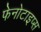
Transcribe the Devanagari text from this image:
फेनोटाइप्स